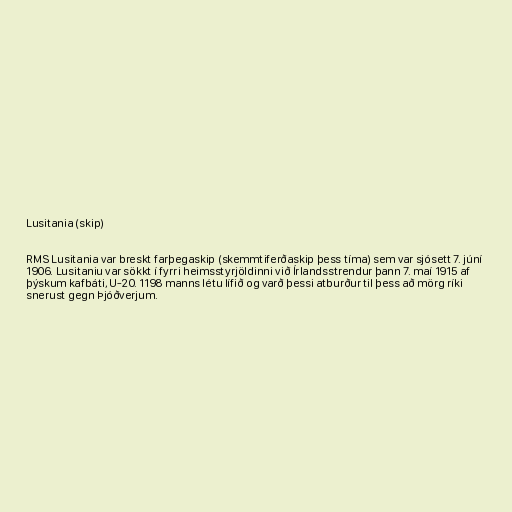
Lusitania (skip)

RMS Lusitania var breskt farþegaskip (skemmtiferðaskip þess tíma) sem var sjósett 7. júní
1906. Lusitaniu var sökkt í fyrri heimsstyrjöldinni við Írlandsstrendur þann 7. maí 1915 af
þýskum kafbáti, U-20. 1198 manns létu lífið og varð þessi atburður til þess að mörg ríki
snerust gegn Þjóðverjum.